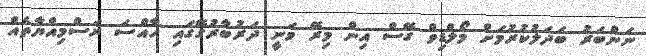
ނަންބަރު ބަދަލުކުރުމަށް މޯލްޑިވް ގޭސް އިން މިރޭ ވަނީ ދަރުބާރުގޭގައި ހާއްސަ ރަސްމިއްޔާތެއް